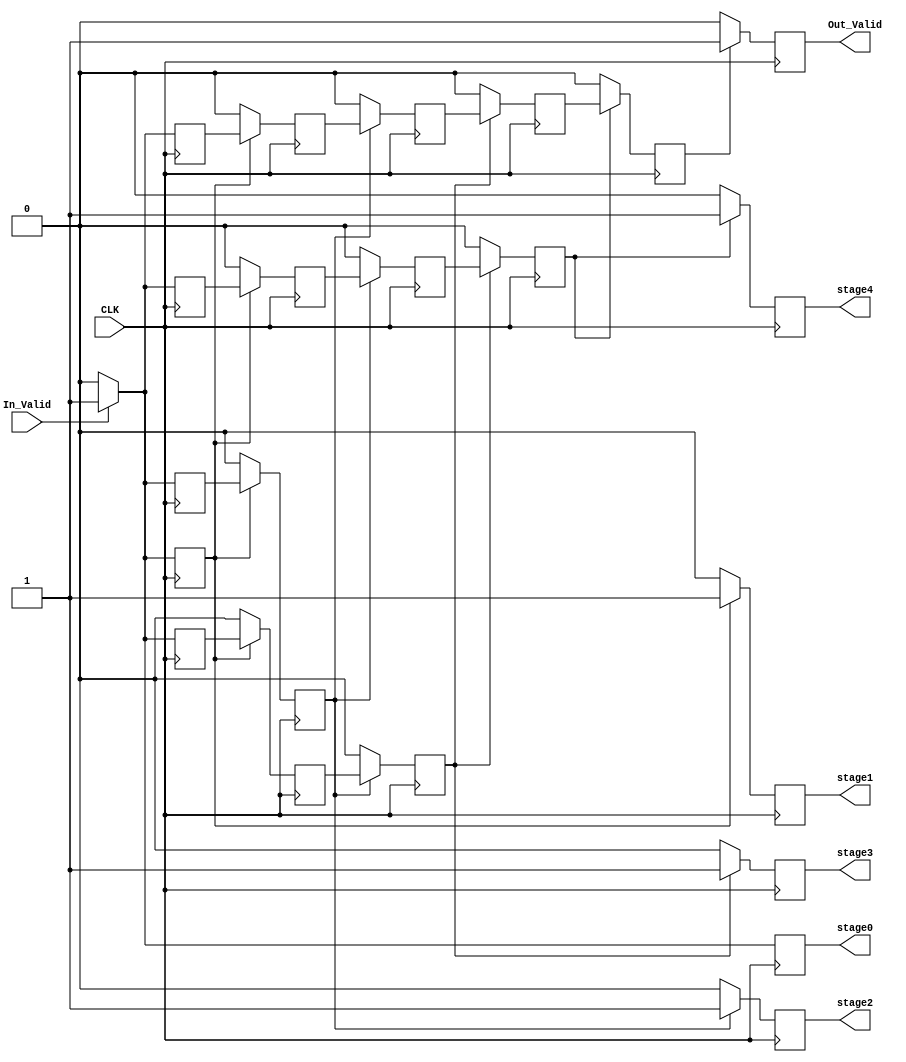
module Controller(
    input CLK,
    input In_Valid,
    output stage0,
    output stage1,
    output stage2,
    output stage3,
    output stage4,
    output Out_Valid
    );
    
// Wires list
wire CLK,In_Valid;
reg stage0, stage1, stage2, stage3, stage4, Out_Valid;

//Stage0
    reg s0_stage1, s0_stage2, s0_stage3, s0_stage4, s0_OutValid;
    always @(posedge CLK) begin 
        if(In_Valid==1'd1) begin
            stage0      <=1'd1;
            s0_stage1   <=1'd1;
            s0_stage2   <=1'd1;
            s0_stage3   <=1'd1;
            s0_stage4   <=1'd1;
            s0_OutValid <=1'd1;
        end else begin
            stage0      <=1'd0;
            s0_stage1   <=1'd0;
            s0_stage2   <=1'd0;
            s0_stage3   <=1'd0;
            s0_stage4   <=1'd0;
            s0_OutValid <=1'd0;
         end      
    end
//Stage1
    reg s1_stage2, s1_stage3, s1_stage4, s1_OutValid;
    always @(posedge CLK) begin 
        if(s0_stage1==1'd1) begin
            stage1      <=1'd1;
            s1_stage2   <=s0_stage2;
            s1_stage3   <=s0_stage3;
            s1_stage4   <=s0_stage4;
            s1_OutValid <=s0_OutValid;
        end else begin
            stage1      <=1'd0;
            s1_stage2   <=1'd0;
            s1_stage3   <=1'd0;
            s1_stage4   <=1'd0;
            s1_OutValid <=1'd0;
         end      
    end
//Stage2
    reg s2_stage3, s2_stage4, s2_OutValid;
    always @(posedge CLK) begin 
        if(s1_stage2==1'd1) begin
            stage2      <=1'd1;
            s2_stage3   <=s1_stage3;
            s2_stage4   <=s1_stage4;
            s2_OutValid <=s1_OutValid;
        end else begin
            stage2      <=1'd0;
            s2_stage3   <=1'd0;
            s2_stage4   <=1'd0;
            s2_OutValid <=1'd0;
         end      
    end
//Stage3
    reg s3_stage4,s3_OutValid;
    always @(posedge CLK) begin 
        if(s2_stage3==1'd1) begin
            stage3          <=1'd1;
            s3_stage4       <=s2_stage4;
            s3_OutValid     <=s2_OutValid;
        end else begin
            stage3          <=1'd0;
            s3_stage4       <=1'd0;
            s3_OutValid     <=1'd0;
         end      
    end
//Stage4
        reg s4_OutValid;
        always @(posedge CLK) begin
        if(s3_stage4==1'd1) begin
            stage4          <=1'd1;
            s4_OutValid     <=s3_OutValid;
        end else begin
            stage4          <=1'd0;
            s4_OutValid     <=1'd0;
        end
    end 
//Stage 5
        always @(posedge CLK) begin
        if(s4_OutValid==1'd1) begin
            Out_Valid       <=s4_OutValid;
        end else begin
            Out_Valid       <=1'd0;
        end
    end        
        
endmodule